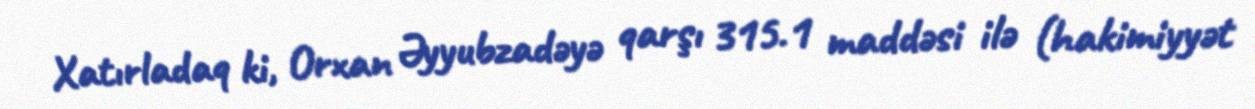
Xatırladaq ki, Orxan Əyyubzadəyə qarşı 315.1 maddəsi ilə (hakimiyyət